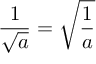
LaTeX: { \frac { 1 } { \sqrt { a } } } = { \sqrt { \frac { 1 } { a } } }